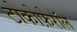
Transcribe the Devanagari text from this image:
टोकोफ़ेरॉल